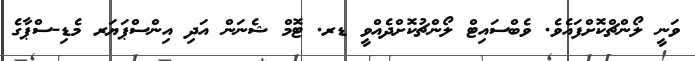
ވަނީ ލޯންޗްކޮށްފައެވެ. ވެބްސައިޓް ލޯންޗުކޮށްދެއްވީ ޑރ. ޓޮމް ޝެނަން އަދި އިންސްޕަޔަރ މެޑި-ސްޕާގެ